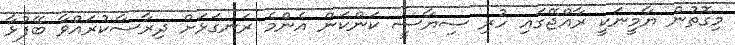
މިގޮތުން ޔާމީނަކީ ރާއްޖޭގައި ހުރި ސިޔާސީ ކަންކަން އެންމެ ރަނގަޅަށް ދިރާސާކުރައްވާ ބޭފުޅާ